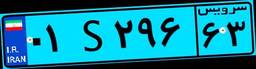
۰۱S۲۹۶۶۳